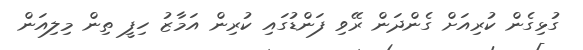
ގުޅިގެން ކުރިއަށް ގެންދަން ރޭވި ފަންޑުގައި ކުރިން އަމާޒު ހިފީ ތިން މިލިއަން